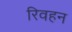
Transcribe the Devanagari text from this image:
रिवहन